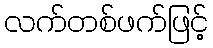
လက်တစ်ဖက်ဖြင့်